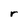
Character: r